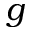
\boldsymbol { g }